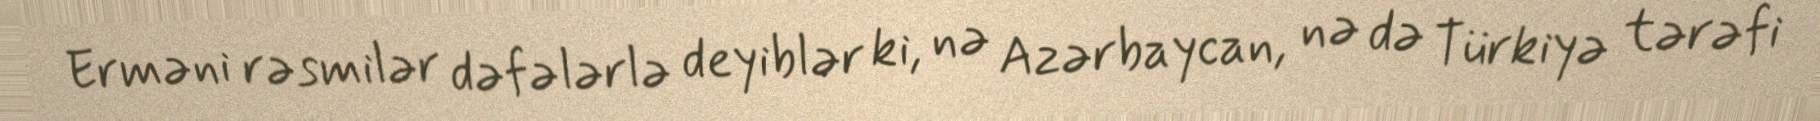
Erməni rəsmilər dəfələrlə deyiblər ki, nə Azərbaycan, nə də Türkiyə tərəfi